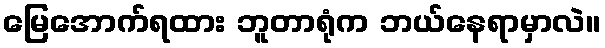
မြေအောက်ရထား ဘူတာရုံက ဘယ်နေရာမှာလဲ။